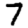
Digit: 7